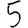
Digit: 5